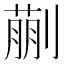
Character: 蒯